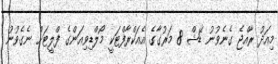
މިއަދު ރާއްޖެ ގެނެވުނު ޑޭޝް 8 މަރުގާގެ އެއަކްރާފްޓަކީ މޯލްޑިވިއަންގެ ފްލީޓަށް ނެގެވުނު